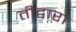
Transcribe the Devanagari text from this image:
तीद्वारा